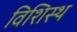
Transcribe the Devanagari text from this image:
विशिस्थ